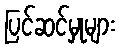
ပြင်ဆင်မှုများ